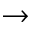
\rightarrow